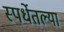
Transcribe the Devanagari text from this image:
स्पर्धेतल्या